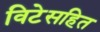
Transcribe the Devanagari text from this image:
विटेसहित